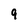
Character: 9